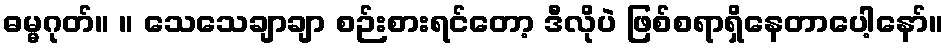
ဓမ္မဂုတ်။ ။ သေသေချာချာ စဉ်းစားရင်တော့ ဒီလိုပဲ ဖြစ်စရာရှိနေတာပေါ့နော်။